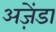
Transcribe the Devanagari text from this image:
अज़ेंडा